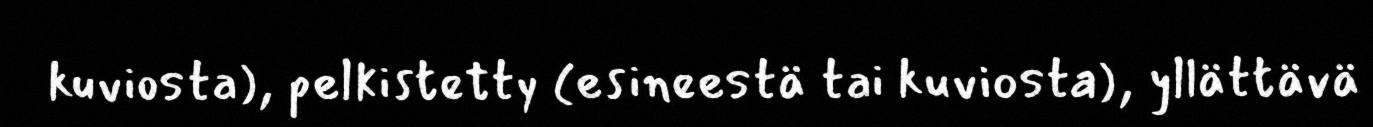
kuviosta), pelkistetty (esineestä tai kuviosta), yllättävä